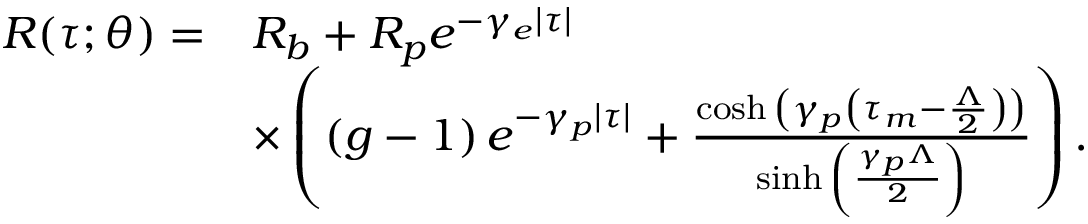
\begin{array} { r l } { R ( \tau ; \theta ) = } & { R _ { b } + R _ { p } e ^ { - \gamma _ { e } | \tau | } } \\ & { \times \left( \left( g - 1 \right) e ^ { - \gamma _ { p } | \tau | } + \frac { \cosh { \left( \gamma _ { p } \left( \tau _ { m } - \frac { \Lambda } { 2 } \right) \right) } } { \sinh { \left( \frac { \gamma _ { p } \Lambda } { 2 } \right) } } \right) . } \end{array}